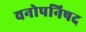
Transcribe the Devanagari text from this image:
वनोपनिषद